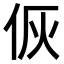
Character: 𬽻